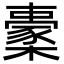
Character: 㯻